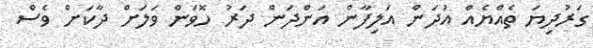
ގަރުދިޔަ ތެއްޔެއް އުދަން އަލިފާން އަންދަން ދަރު ހޮވަން ވަލަށް ދާކަށް ވެސް